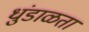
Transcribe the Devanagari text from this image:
धुंडाळता